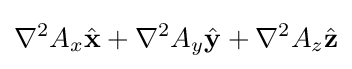
\nabla ^{2}A_{x}{\hat {\mathbf {x} }}+\nabla ^{2}A_{y}{\hat {\mathbf {y} }}+\nabla ^{2}A_{z}{\hat {\mathbf {z} }}